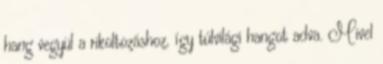
hang vegyül a rikoltozáshoz, így túlvilági hangot adva. Mivel